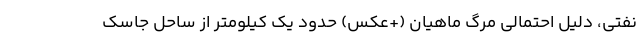
نفتی، دلیل احتمالی مرگ ماهیان (+عکس) حدود یک کیلومتر از ساحل جاسک